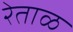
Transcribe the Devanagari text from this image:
रेताळ